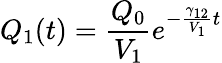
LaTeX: Q_{1}(t)=\frac{Q_{0}}{V_{1}}e^{-\frac{\gamma_{12}}{V_{1}}t}